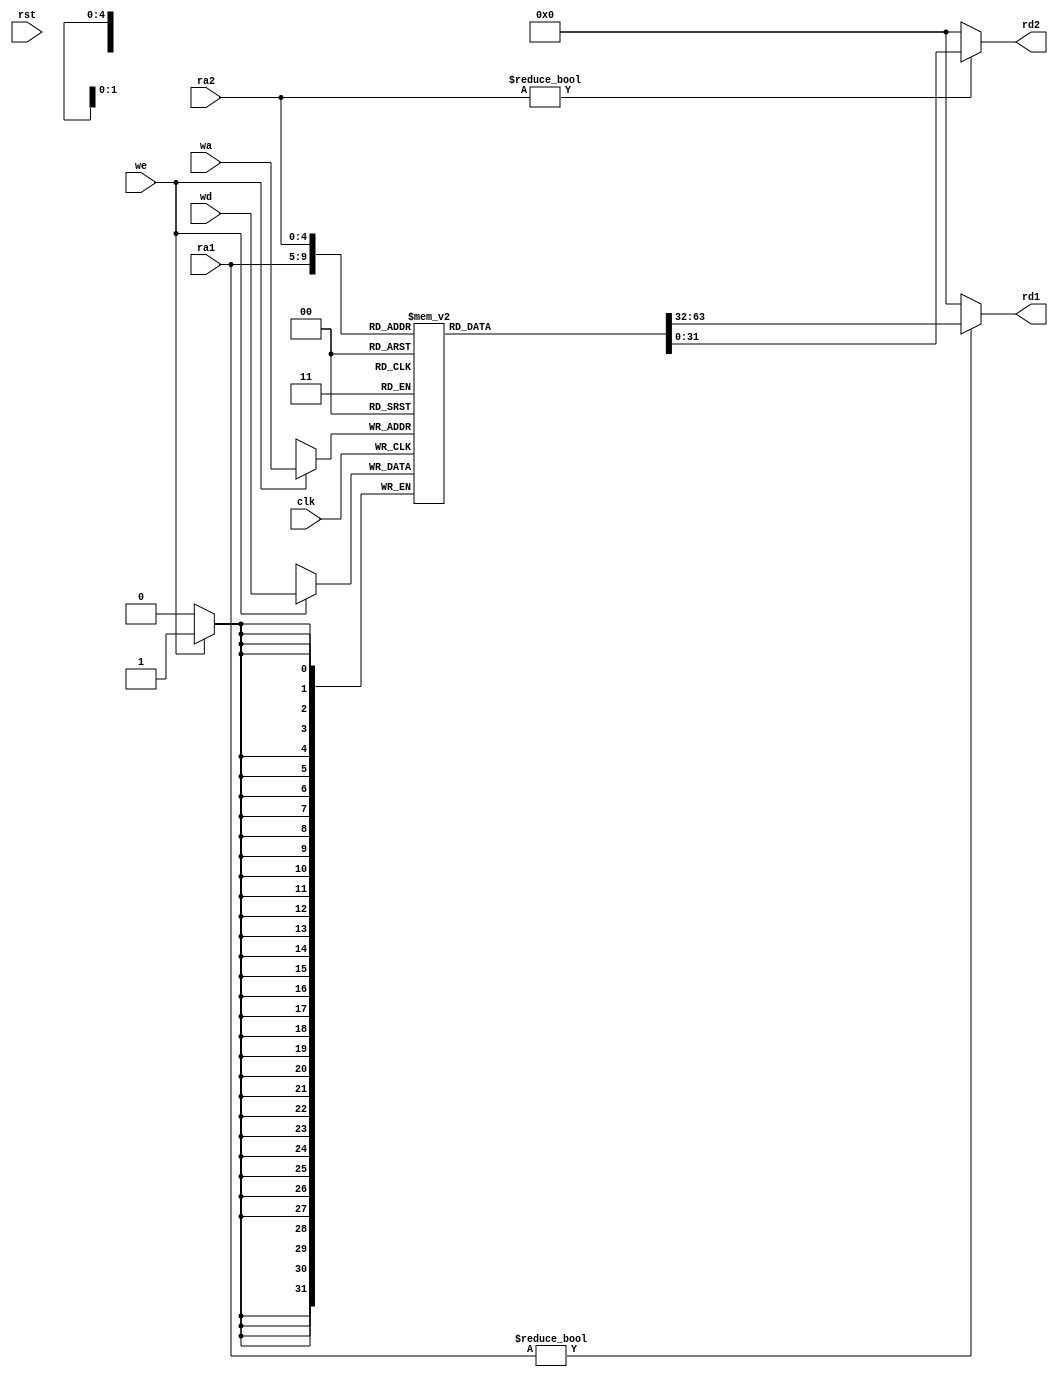
//-----------------------------------------------------------------------------
//  Module: RegFile
//  Desc: An array of 32 32-bit registers
//  Inputs Interface:
//    clk: Clock signal
//    ra1: first read address (asynchronous)
//    ra2: second read address (asynchronous)
//    wa: write address (synchronous)
//    we: write enable (synchronous)
//    wd: data to write (synchronous)
//  Output Interface:
//    rd1: data stored at address ra1
//    rd2: data stored at address ra2
//-----------------------------------------------------------------------------

module RegFile(input clk,
	       input rst,
               input we,
               input  [4:0] ra1, ra2, wa,
               input  [31:0] wd,
               output [31:0] rd1,
	       output [31:0] rd2);

//three ported register file
//read two ports combinationally (asynchronous)
//write third port on rising edge of clock
//register 0 hardwired to 0

   (* ram_style = "distributed" *) reg [31:0] rf[31:0]; //32 32-bit registers
   
   
   always @(posedge clk)
     if(we) rf[wa] <= wd;
     
   assign rd1 = (ra1 != 0) ? rf[ra1] : 0;
   assign rd2 = (ra2 != 0) ? rf[ra2] : 0;
    
   
endmodule